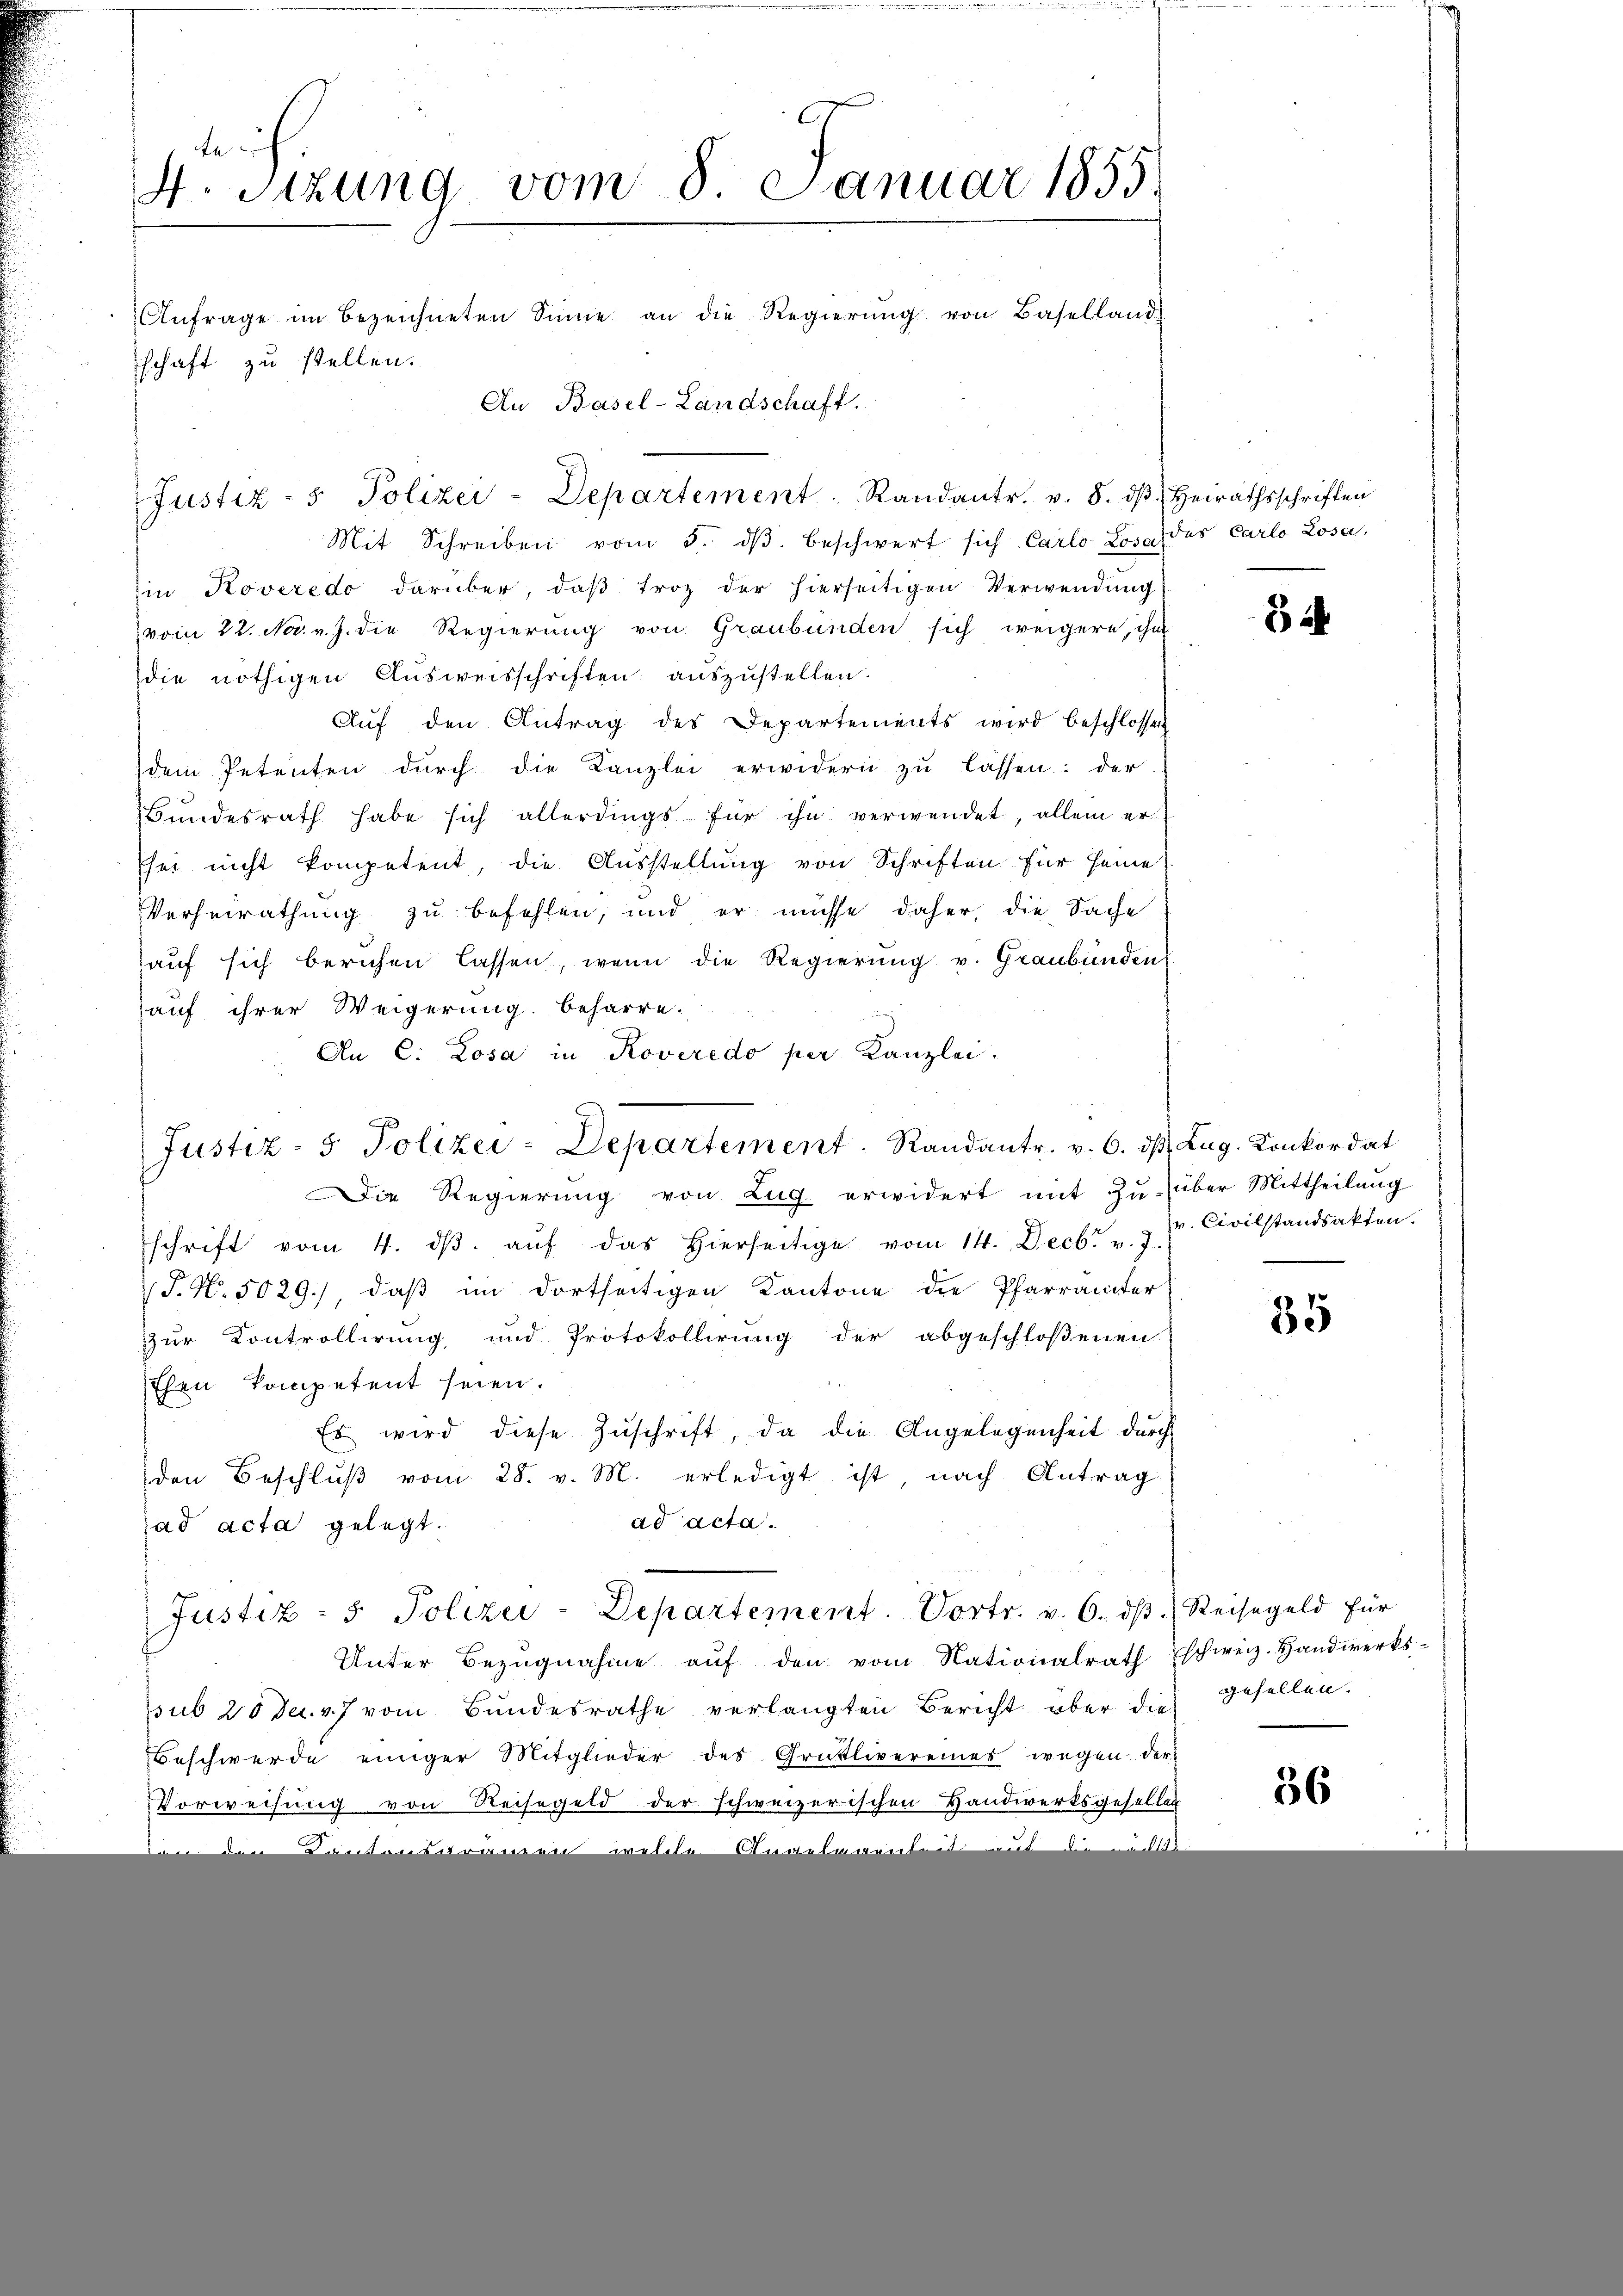
te
4. Sitzung vom 8. Januar 1855.
Anfrage im Bezeichneten Sinne an die Regierŭng von Baselland
schaft zu stellen.
An Basel-Landschaft.

Justiz- & Polizei-Departement Randantr. v. 5. dβ Heirathsschriften

Mit Schreiben vom 5. dβ beschwert sich Carlo Lova des Carlo Losa.
in Roveredo darüber, daβ troz der hierseitigen Verwendŭng
vom 22. No. v. J. die Regierung von Graubünden sich weigere, ihn
die nöthigen Ausweisschriften auszustellen.
Auf den Antrag des Departements wird beschlossen
dem Petenten durch die Kanzlei erwidern zu lassen: der
Bundesrath habe sich allerdings für ihn verwendet, allein er
sei nicht kompetent, die Ausstellung von Schriften für seine
Verheirathung zu befehlen, und er müsse daher, die Sache
auf sich beruhen lassen, wenn die Regierŭng v. Graubünden
auf ihrer Weigerung beharre.
An C. Losa in Koveredo per Kanzlei.
p
Justiz- & Polizei-Departement. Randantr. v. 6. dβ. Zug. Konkordat
Die Regierung von Zug erwidert mit Zu- über Mittheilung
schrift vom 4. dβ aŭf das hierseitige vom 14. Decb. v. J.
P. Nr. 5029), daß im dortseitigen Kantone die Pfarrämter
zur Kontrollirung und Protokollirung der abgeschloßenen
Ehen kompetent seien.
Es wird diese Zŭschrift, da die Angelegenheit durch
den Beschlŭβ vom 28. v. M. erledigt ist, nach Antrag
ad acta.
ad acta gelegt.
Justiz- & Polizei-Departement. Vortr. v. 6. dβ. Reisegeld für
Unter Bezŭgnahme aŭf den vom Nationalrath Eschweiz. Handwerks-
sub 20 Dec. v. 7 vom Bundesrathe verlangten Bericht über die gesellen.
Beschwerde einiger Mitglieder des Grütlivereines wegen der
Vorweisung von Reisegeld der schweizerischen Handwerksgesellen

54

v. Civilstandsakten.

35

36